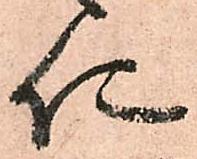
仁